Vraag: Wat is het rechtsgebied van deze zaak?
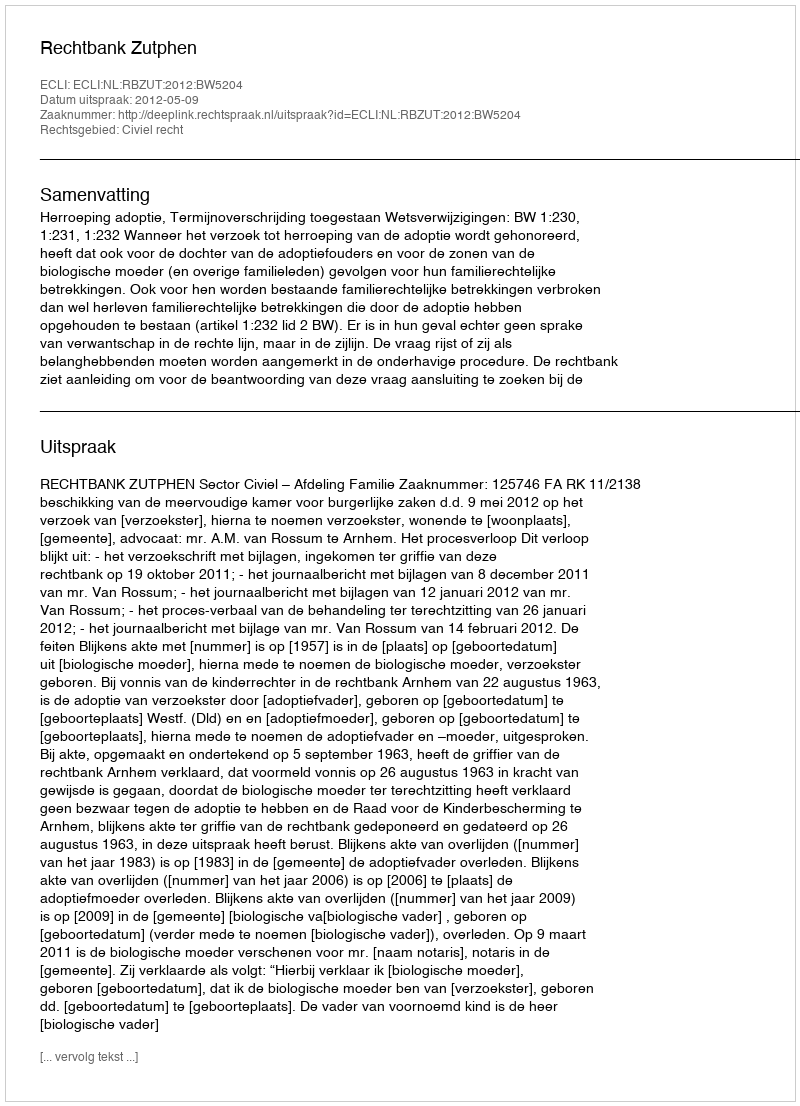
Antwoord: Civiel recht